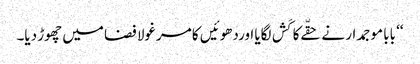
‘‘ بابا موجمدار نے حقّےکا کَش لگایا اوردھوئیں کا مرغولا فضا میں چھوڑ دیا۔